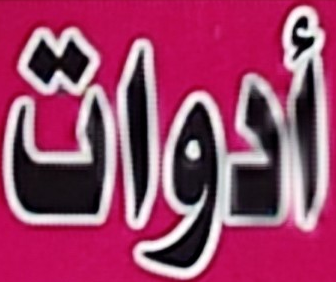
أدوات